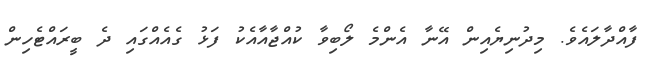
ފާއްދާލައެވެ. މިދުނިޔެއިން އޭނާ އެންމެ ލޯބިވާ ކުއްޖާއާއެކު ފަޅު ގެއެއްގައި ދެ ބީރައްޓެހިން